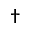
^ \dagger